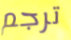
ترجم